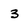
Character: 3